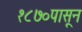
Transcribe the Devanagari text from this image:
१८७०पासून